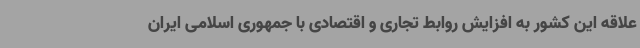
علاقه این کشور به افزایش روابط تجاری و اقتصادی با جمهوری اسلامی ایران